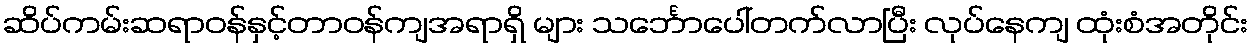
ဆိပ်ကမ်းဆရာဝန်နှင့်တာဝန်ကျအရာရှိ များ သင်္ဘောပေါ်တက်လာပြီး လုပ်နေကျ ထုံးစံအတိုင်း